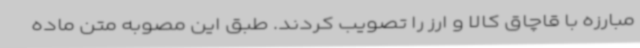
مبارزه با قاچاق کالا و ارز را تصویب کردند. طبق این مصوبه متن ماده